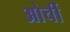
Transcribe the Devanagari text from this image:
ओर्ची